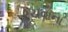
રચવાના